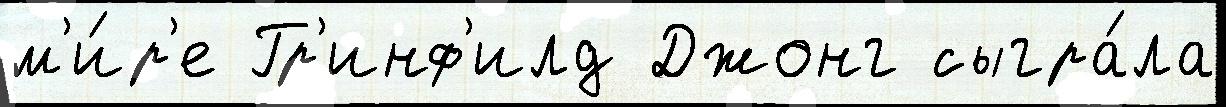
м'и́р'е Гр'инф'илд Джонг сыгра́ла